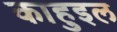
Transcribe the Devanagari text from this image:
काहुइल